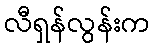
လီရှန်လွန်းက